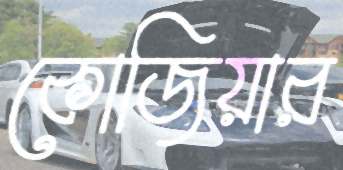
কোজিয়ার